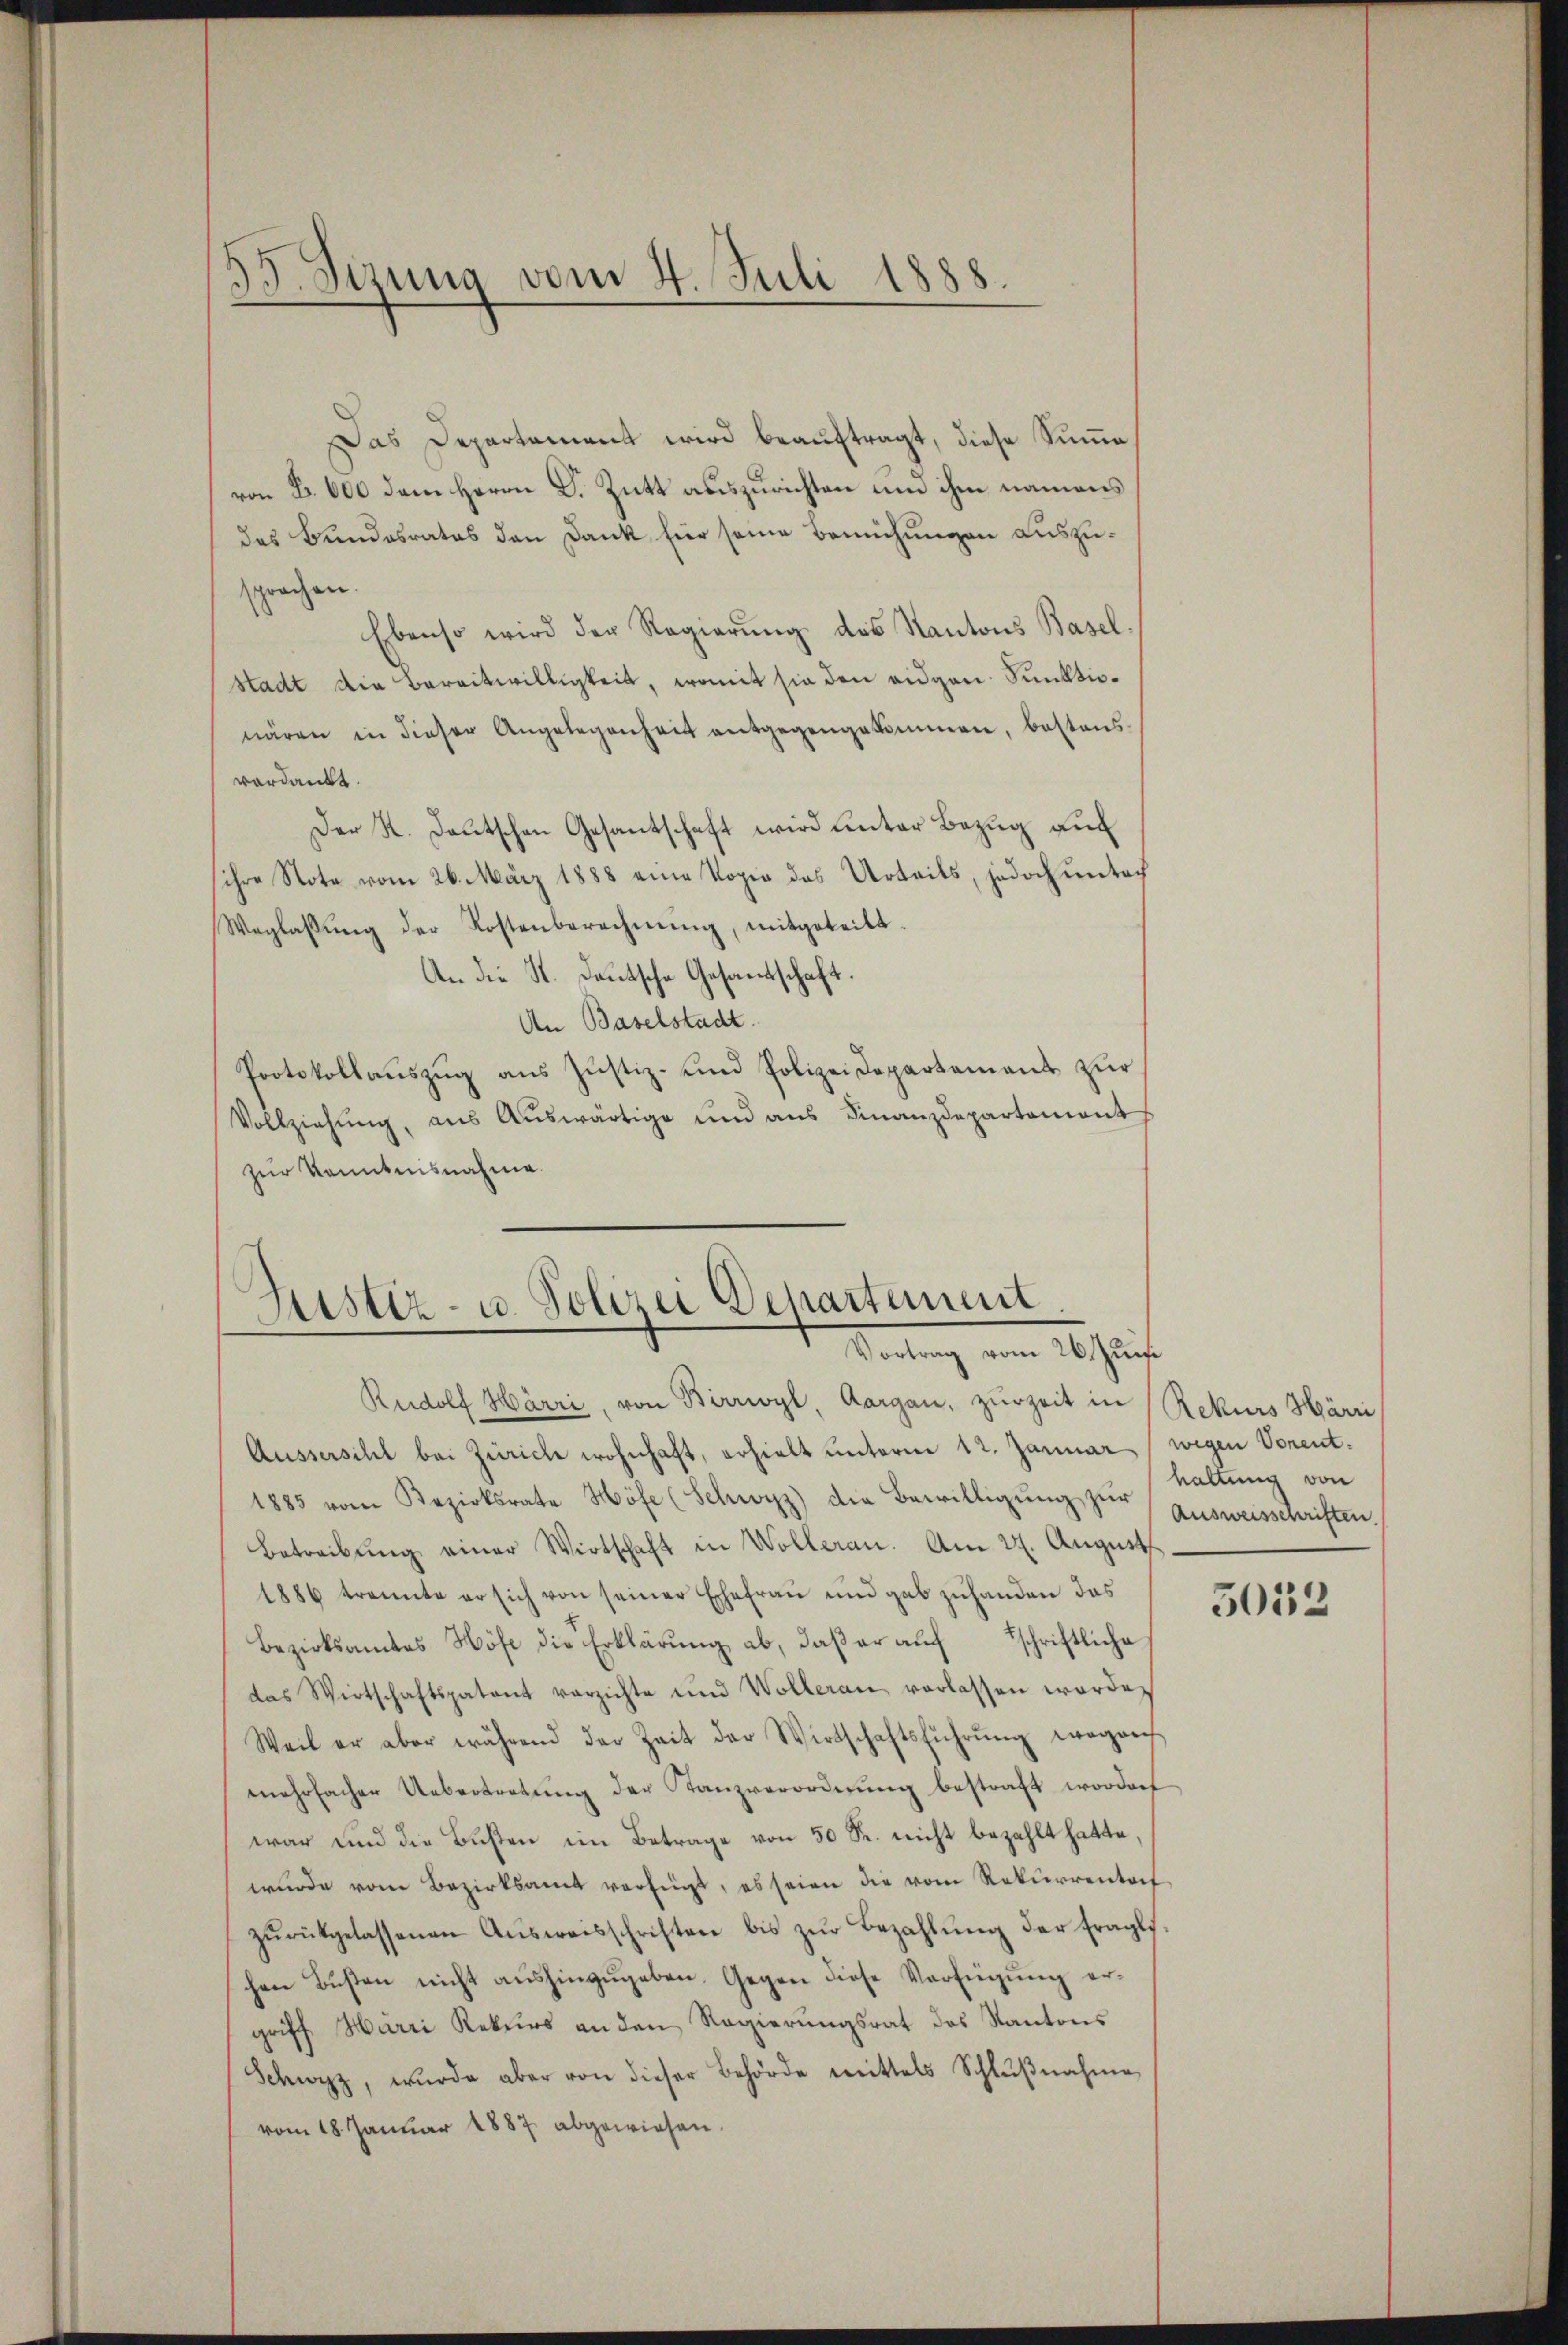
55. Jezung vom 4. Juli 1888.

Das Departement wird beauftragt, diese Summe
von B. 600 dem Herrn D. Zutt auszurichten um ihm namens
das Bundesrates den Dank hier seine Bemühungen auszusprachen.
Ebenso wird der Regierung des Kantons Basel¬
Stadt die Bereitwilligkeit, womit sie den eigen Punktionären in dieser Angelegenheit entgegengekommen, bestens
verdankt.
Der K. Deutschen Gesantschaft wird unter Bezug auf
sihre Nota vom 26. März 1888 eine Kopie des Urteils, jedoch untach
Weglassŭng der Kostenberechnŭng, mitgeteilt.
An die St. Deutsche Gesandtschaft.
An Baselstadt.
Protokollauszug aus Justiz- und Polizeidepartement zur
Vollziehung, aus Auswärtige und aus Finanzdepartement
zur Kenntnisnahme.

Justiz- u. Polizei Departement.
Vortrag vom 26. Juni

Aussersihl bei Zürich wohnhaft, erhielt unterm 12. Januar, wegen Vorent¬
1885 vom Bezirksrate Höfe (Schwyz) die Bewilligŭng zŭr
Betreibung einer Wirtschaft in Wolleran. Am 27. August
1886 trennte er sich von seiner Ehefrau und gab zuhanden das
Bezirksamtes Höfe die Erklärŭng ab, daβ er aŭf schriftliche
das Wirtschaftspatent verzichte und Wolleran verlassen werde,
Weil er aber während der Zeit der Wirtschaftsführŭng wegen
mehrfacher Uebertretung der Tanzverordnung bestraft worden
war und die Busten im Betrage von 50 Fr. nicht bezahlt hatte,
wurde vom Bezirksamt verfügt, es seien die vom Rekurrentof
zŭrückgelassenen Aŭsweisschriften bis zŭr Bezahlŭng der fragli-
hen Bŭβen nicht aŭshinzŭgeben. Gegen diese Verfügung ergriff Harri Rekurs an den Regierŭngsrat des Kantons
Schwyz, wurde aber von dieser Behörde mittels Schlŭβnahme
vom 18. Januar 1887 abgewiesen.

Rudolf Härri, von Birrwyl, Aargau, zurzeit in Rekurs Härri

haltung von
Ausweisschriften.

5052